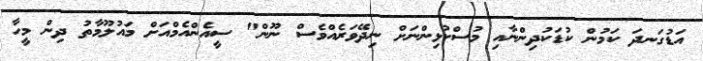
އަޑުގަނދަ ކަމުން ކުޑަކުދިންނާއި މުސްކުޅިންނަށް ނިދޭވަރެއްވެސް ނޫން" ސީއެންއެމްއަށް މައުލޫމާތު ދިން މީހާ